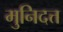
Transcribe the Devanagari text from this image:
मुनिदत्त